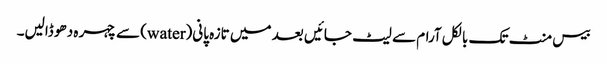
بیس منٹ تک بالکل آرام سے لیٹ جائیں بعد میں تازہ پانی(water) سے چہر ہ دھو ڈالیں۔